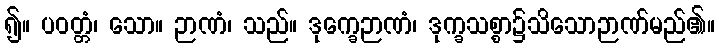
၍။ ပဝတ္တံ၊ သော။ ဉာဏံ၊ သည်။ ဒုက္ခေဉာဏံ၊ ဒုက္ခသစ္စာ၌သိသောဉာဏ်မည်၏။